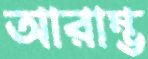
আরাম্ভ